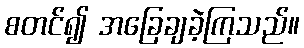
စတင်၍ အခြေချခဲ့ကြသည်။